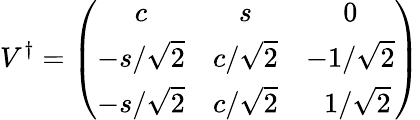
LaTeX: V^{\dagger}=\left(\begin{array}{ccc}{{c}}&{{s}}&{{0}}\\ {{-s/\sqrt{2}}}&{{c/\sqrt{2}}}&{{-1/\sqrt{2}}}\\ {{-s/\sqrt{2}}}&{{c/\sqrt{2}}}&{{~~1/\sqrt{2}}}\end{array}\right)